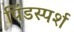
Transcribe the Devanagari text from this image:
पिंडस्पर्श